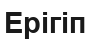
Ерігіп